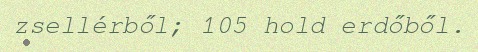
zsellérből; 105 hold erdőből.